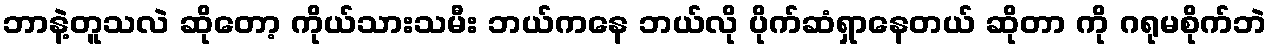
ဘာနဲ့တူသလဲ ဆိုတော့ ကိုယ်သားသမီး ဘယ်ကနေ ဘယ်လို ပိုက်ဆံရှာနေတယ် ဆိုတာ ကို ဂရုမစိုက်ဘဲ